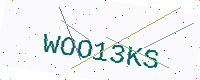
Text: WOO13KS